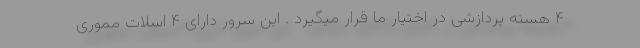
۴ هسته پردازشی در اختیار ما قرار میگیرد . این سرور دارای ۴ اسلات مموری